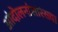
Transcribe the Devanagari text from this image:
आंदोलनांसारख्या